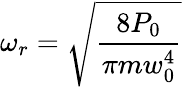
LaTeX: \omega_{r}={\sqrt{\frac{8P_{0}}{\pi mw_{0}^{4}}}}